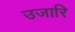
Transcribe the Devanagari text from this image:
उजारि